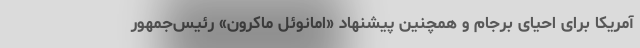
آمریکا برای احیای برجام و همچنین پیشنهاد «امانوئل ماکرون» رئیس‌جمهور